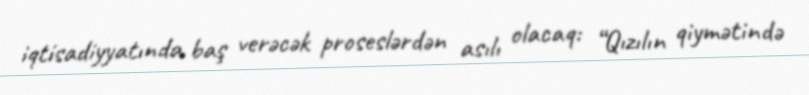
iqtisadiyyatında baş verəcək proseslərdən asılı olacaq: “Qızılın qiymətində